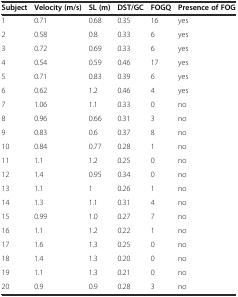
<table><thead><tr><td><b>Subject</b></td><td><b>Velocity (m/s)</b></td><td><b>SL (m)</b></td><td><b>DST/GC</b></td><td><b>FOGQ</b></td><td><b>Presence of FOG</b></td></tr></thead><tbody><tr><td>1</td><td>0.71</td><td>0.68</td><td>0.35</td><td>16</td><td>yes</td></tr><tr><td>2</td><td>0.58</td><td>0.8</td><td>0.33</td><td>6</td><td>yes</td></tr><tr><td>3</td><td>0.72</td><td>0.69</td><td>0.33</td><td>6</td><td>yes</td></tr><tr><td>4</td><td>0.54</td><td>0.59</td><td>0.46</td><td>17</td><td>yes</td></tr><tr><td>5</td><td>0.71</td><td>0.83</td><td>0.39</td><td>6</td><td>yes</td></tr><tr><td>6</td><td>0.62</td><td>1.2</td><td>0.46</td><td>4</td><td>yes</td></tr><tr><td>7</td><td>1.06</td><td>1.1</td><td>0.33</td><td>0</td><td>no</td></tr><tr><td>8</td><td>0.96</td><td>0.66</td><td>0.31</td><td>3</td><td>no</td></tr><tr><td>9</td><td>0.83</td><td>0.6</td><td>0.37</td><td>8</td><td>no</td></tr><tr><td>10</td><td>0.84</td><td>0.77</td><td>0.28</td><td>1</td><td>no</td></tr><tr><td>11</td><td>1.1</td><td>1.2</td><td>0.25</td><td>0</td><td>no</td></tr><tr><td>12</td><td>1.4</td><td>0.95</td><td>0.34</td><td>0</td><td>no</td></tr><tr><td>13</td><td>1.1</td><td>1</td><td>0.26</td><td>1</td><td>no</td></tr><tr><td>14</td><td>1.3</td><td>1.1</td><td>0.31</td><td>4</td><td>no</td></tr><tr><td>15</td><td>0.99</td><td>1.0</td><td>0.27</td><td>7</td><td>no</td></tr><tr><td>16</td><td>1.1</td><td>1.2</td><td>0.22</td><td>1</td><td>no</td></tr><tr><td>17</td><td>1.6</td><td>1.3</td><td>0.25</td><td>0</td><td>no</td></tr><tr><td>18</td><td>1.4</td><td>1.3</td><td>0.20</td><td>0</td><td>no</td></tr><tr><td>19</td><td>1.1</td><td>1.3</td><td>0.21</td><td>0</td><td>no</td></tr><tr><td>20</td><td>0.9</td><td>0.9</td><td>0.28</td><td>3</td><td>no</td></tr></tbody></table>